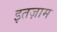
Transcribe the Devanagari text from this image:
इतज़ाम